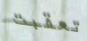
تعقبت